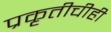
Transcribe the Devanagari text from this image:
प्रकृतीचीही